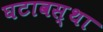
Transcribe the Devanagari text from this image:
घटावस्था